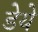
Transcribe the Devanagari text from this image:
डेये